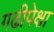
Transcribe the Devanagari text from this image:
गढीपेक्षा